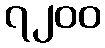
၇၂၀၀